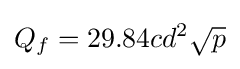
Q_{f}=29.84{c}{d^{2}}{\sqrt {p}}